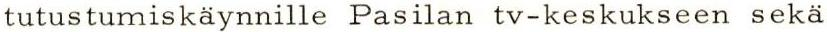
tutustumiskäynnille Pasilan tv-keskukseen sekä